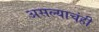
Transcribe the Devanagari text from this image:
असल्याचंही